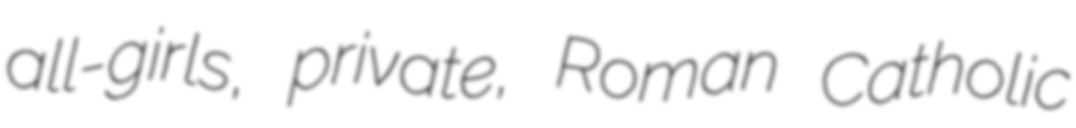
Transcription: all-girls, private, Roman Catholic